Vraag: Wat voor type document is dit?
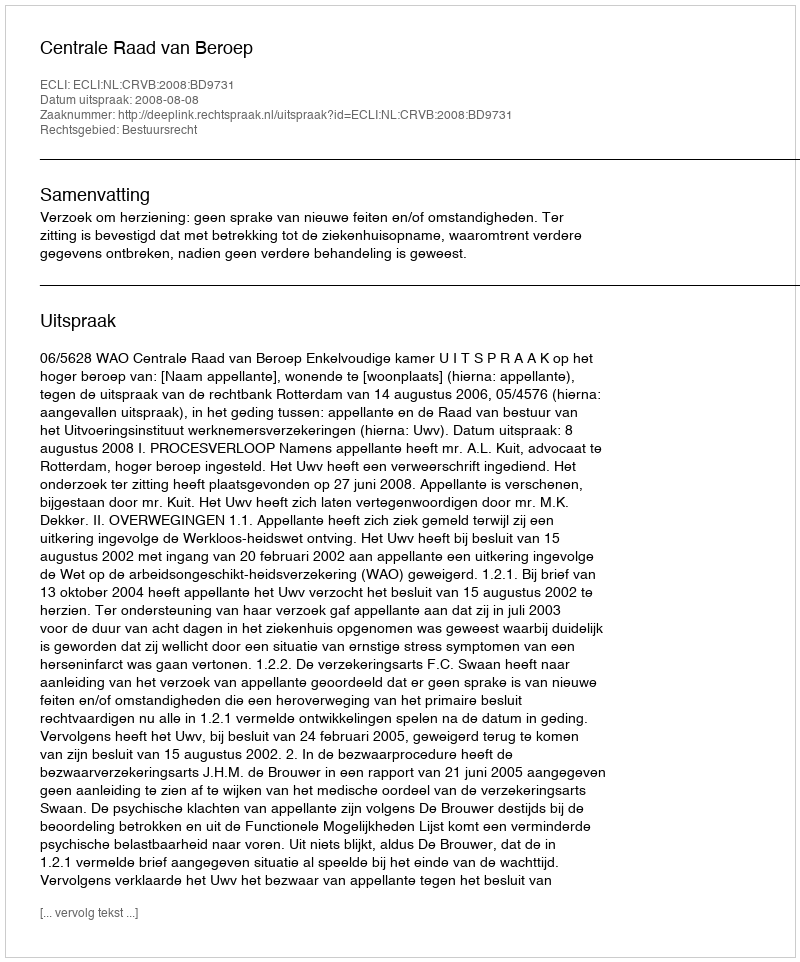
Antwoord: Uitspraak